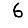
Digit: 6